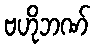
ဗဟိုဘဏ်